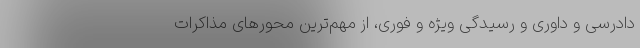
دادرسی و داوری و رسیدگی ویژه و فوری، از مهم‌ترین محور‌های مذاکرات